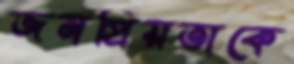
জনপ্রিয়তাকে